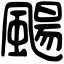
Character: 颺